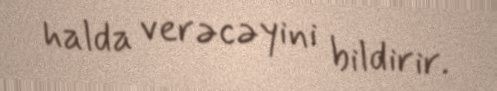
halda verəcəyini bildirir.